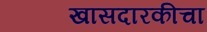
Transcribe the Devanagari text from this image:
खासदारकीचा